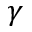
\gamma